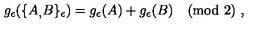
g _ { \epsilon } ( \{ A _ { , } B \} _ { \epsilon } ) = g _ { \epsilon } ( A ) + g _ { \epsilon } ( B ) \pmod 2 \ ,